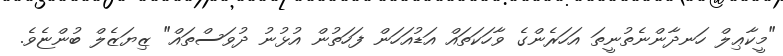
"މީކާޢިލް ހަނދާންނެތުނީތަ އަހަރެންގެ ވާހަކަތައް އަޑުއަހަން ފަހަތުން އުޅުނު ދުވަސްތައް" ޒިޔަޒެލް ބުންޏެވެ.